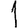
Digit: 1